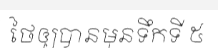
ថៃឲ្យបានមុនទឹកទី ៥